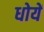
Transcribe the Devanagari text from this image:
धोयें